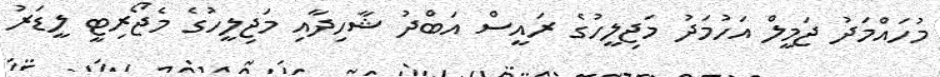
މުހައްމަދު ޖަމީލް އަހުމަދު މަޖިލީހުގެ ރައީސް އަބްދު ޝާހިދާއި މަޖިލީހުގެ މެޖޯރިޓީ ލީޑަރު